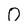
Character: 0